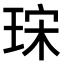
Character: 𤥤